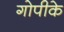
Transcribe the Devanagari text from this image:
गोपीके